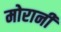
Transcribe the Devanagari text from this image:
मोरानी